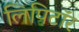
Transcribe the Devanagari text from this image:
लिपिटॉर